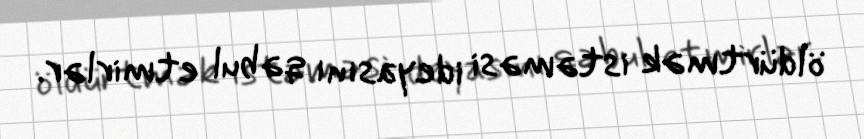
öldürtmək istəməsi ideyasını qəbul etmirlər.